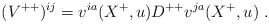
\begin{align*}({ V}^{++})^{ij} = v^{ia}(X^+,u)D^{++}v^{ja}(X^+,u)\; .\end{align*}